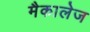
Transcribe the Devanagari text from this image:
मैकालेज